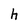
Character: h